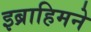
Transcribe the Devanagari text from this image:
इब्राहिमने